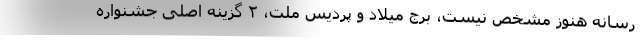
رسانه هنوز مشخص نیست، برج میلاد و پردیس ملت، ۲ گزینه اصلی جشنواره